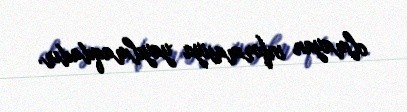
olmayan informasiya yayılmaqdadır.